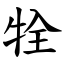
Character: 牷